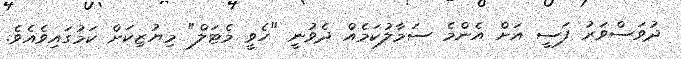
ދުވަސްވަރު ފަސީ އަށް އެންމެ ސަމާލުކަމެއް ދެވުނީ "ހެވީ މެޓަލް" މިޔުޒިކަށް ކަމުގައިވެއެވެ.